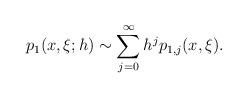
LaTeX: \begin{align*}p_1(x,\xi;h)\sim\sum_{j=0}^\infty h^{j}p_{1,j}(x,\xi).\end{align*}